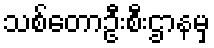
သစ်တောဦးစီးဌာနမှ